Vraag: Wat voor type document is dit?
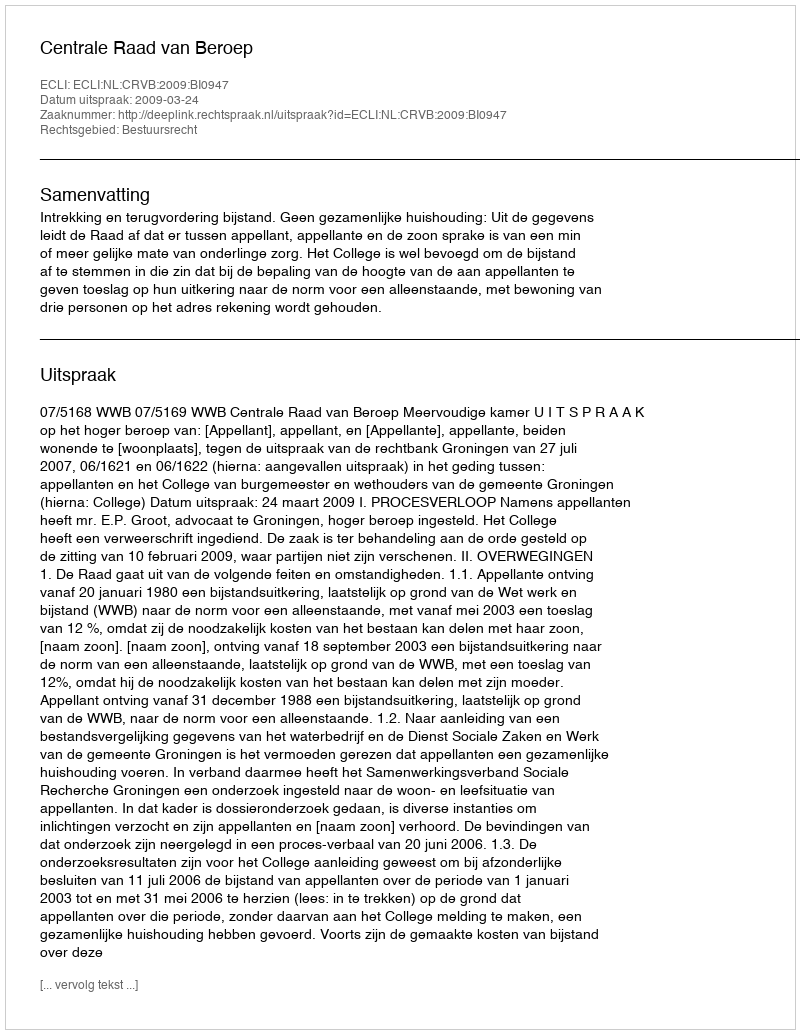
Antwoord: Uitspraak